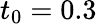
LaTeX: t_{0}=0.3